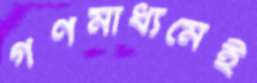
গণমাধ্যমেই